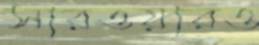
সারওয়ারও